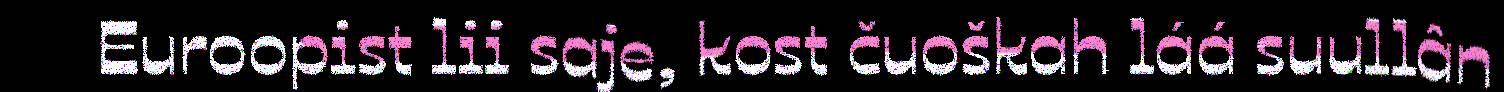
Euroopist lii saje, kost čuoškah láá suullân